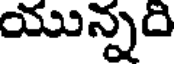
యున్నది